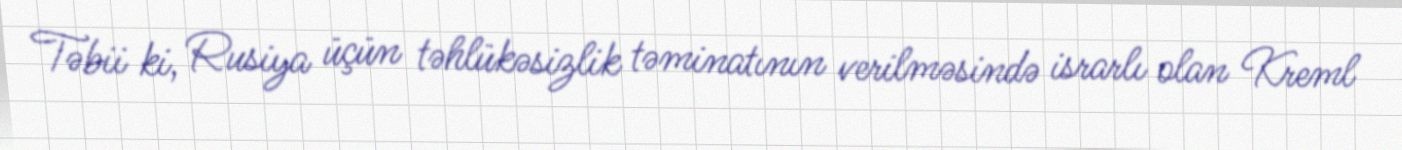
Təbii ki, Rusiya üçün təhlükəsizlik təminatının verilməsində israrlı olan Kreml